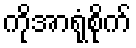
ကိုအာရုံစိုက်